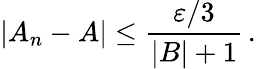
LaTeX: |A_{n}-A|\leq{\frac{\varepsilon/3}{|B|+1}}\, .